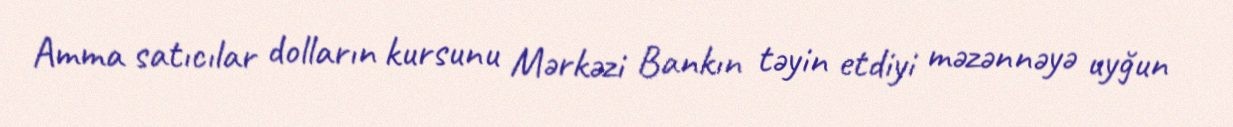
Amma satıcılar dolların kursunu Mərkəzi Bankın təyin etdiyi məzənnəyə uyğun